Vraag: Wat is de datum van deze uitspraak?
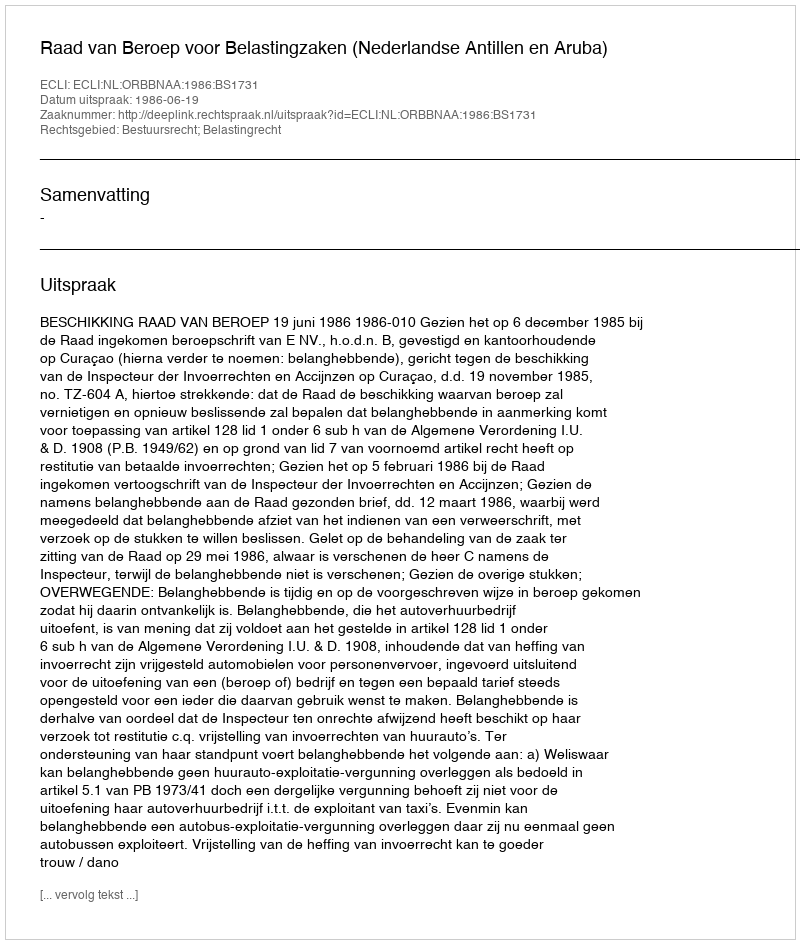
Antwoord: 1986-06-19